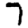
Digit: 7